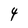
Character: 4